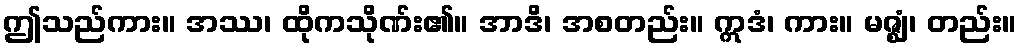
ဤသည်ကား။ အဿ၊ ထိုကသိုဏ်း၏။ အာဒိ၊ အစတည်း။ ဣဒံ၊ ကား။ မဇ္ဈံ၊ တည်း။